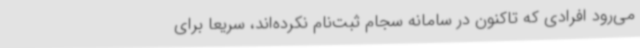
می‌رود افرادی که تاکنون در سامانه سجام ثبت‌نام نکرده‌اند، سریعاً برای